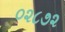
૦૨૮૭૨